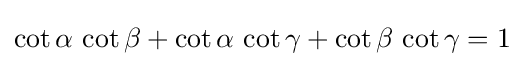
\cot \alpha \,\cot \beta +\cot \alpha \,\cot \gamma +\cot \beta \,\cot \gamma =1